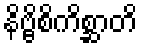
နိဗ္ဗိစိကိစ္ဆာတိ